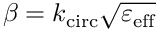
\beta = k _ { \mathrm { c i r c } } \sqrt { \varepsilon _ { \mathrm { e f f } } }